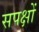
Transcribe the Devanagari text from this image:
सपक्षों